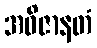
အဝိဇာနတံ